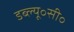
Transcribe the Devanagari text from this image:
डब्ल्यू॰सी॰